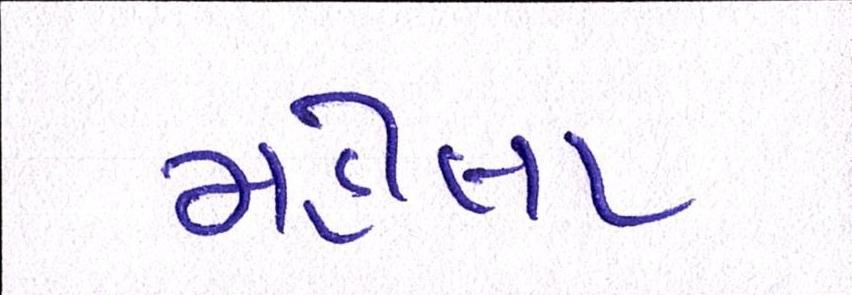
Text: મહીલા